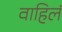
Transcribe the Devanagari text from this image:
वाहिलं